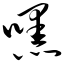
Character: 嘿